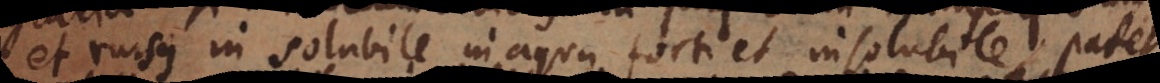
et rursus in solubile in aqua forti et insolubile, patet